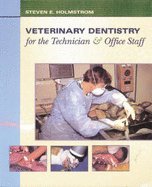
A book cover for Veterinary Dentistry for the Technician & Office Staff; Medical Books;